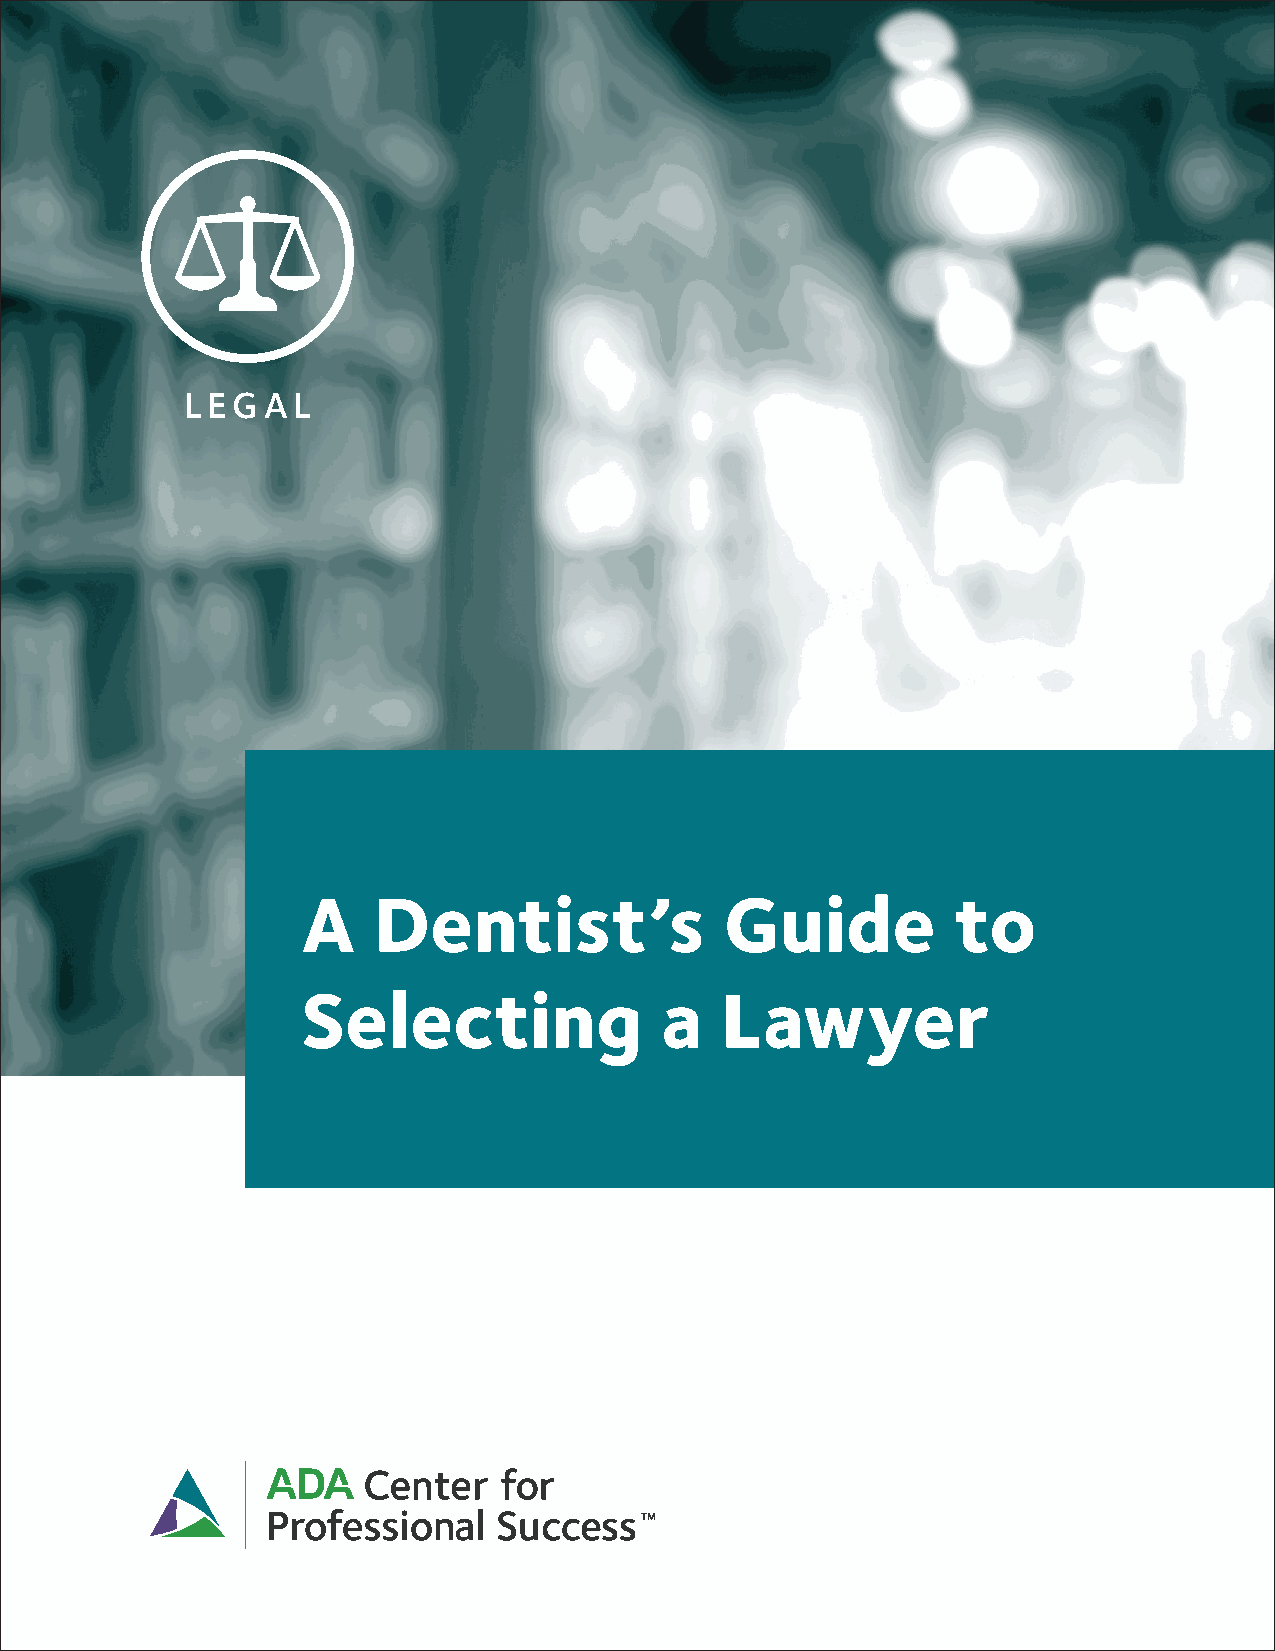
LEGAL
 A    Dentist’s              Guide          to
 Selecting               a   Lawyer